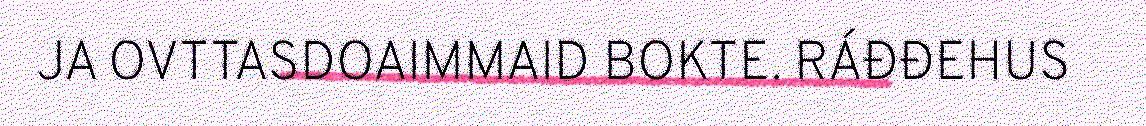
JA OVTTASDOAIMMAID BOKTE. RÁĐĐEHUS